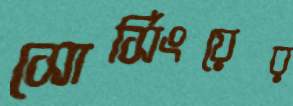
সোর্সিংয়ের